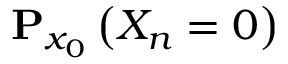
{ \bf P } _ { x _ { 0 } } \left( X _ { n } = 0 \right)